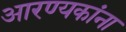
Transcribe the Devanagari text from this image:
आरण्यकांना